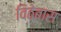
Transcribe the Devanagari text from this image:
विठेबास